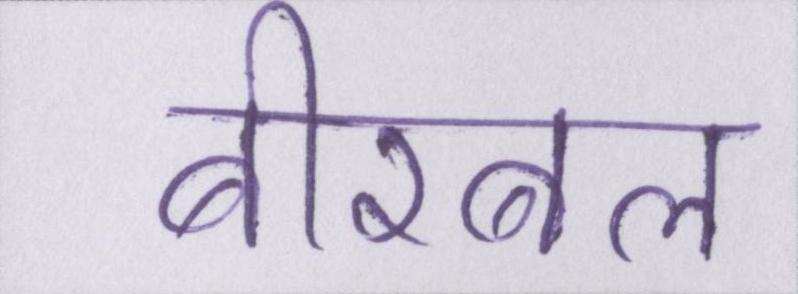
बीरबल